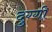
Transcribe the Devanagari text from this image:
दुग्गी